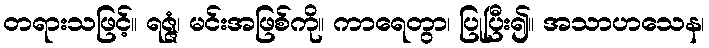
တရားသဖြင့်။ ရဇ္ဇံ၊ မင်းအဖြစ်ကို။ ကာရေတွာ၊ ပြုပြီး၍။ အသာဟသေန၊